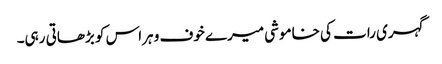
گہری رات کی خاموشی میرے خوف و ہراس کو بڑھاتی رہی۔